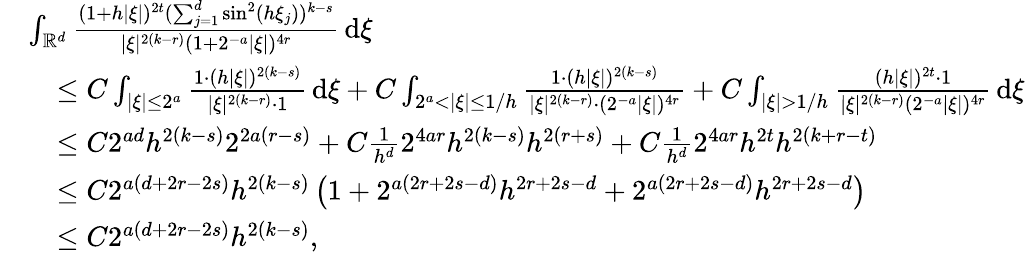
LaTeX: \begin{array}{rl}&{\int_{\mathbb{R}^{d}}\frac{(1+h|\xi|)^{2t}(\sum_{j=1}^{d}\sin^{2}(h\xi_{j}))^{k-s}}{|\xi|^{2(k-r)}(1+2^{-a}|\xi|)^{4r}}\, \mathrm{d}\xi}\\ &{\quad\le C\int_{|\xi|\le 2^{a}}\frac{1\cdot(h|\xi|)^{2(k-s)}}{|\xi|^{2(k-r)}\cdot 1}\, \mathrm{d}\xi+C\int_{2^{a}<|\xi|\le 1/h}\frac{1\cdot(h|\xi|)^{2(k-s)}}{|\xi|^{2(k-r)}\cdot(2^{-a}|\xi|)^{4r}}+C\int_{|\xi|>1/h}\frac{(h|\xi|)^{2t}\cdot 1}{|\xi|^{2(k-r)}(2^{-a}|\xi|)^{4r}}\, \mathrm{d}\xi}\\ &{\quad\le C2^{ad}h^{2(k-s)}2^{2a(r-s)}+C\frac{1}{h^{d}}2^{4ar}h^{2(k-s)}h^{2(r+s)}+C\frac{1}{h^{d}}2^{4ar}h^{2t}h^{2(k+r-t)}}\\ &{\quad\le C2^{a(d+2r-2s)}h^{2(k-s)}\left(1+2^{a(2r+2s-d)}h^{2r+2s-d}+2^{a(2r+2s-d)}h^{2r+2s-d}\right)}\\ &{\quad\le C2^{a(d+2r-2s)}h^{2(k-s)},}\end{array}